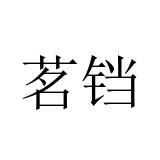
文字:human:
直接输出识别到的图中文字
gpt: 茗铛